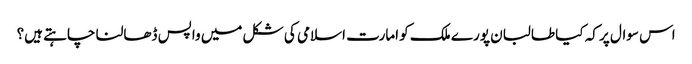
اس سوال پر کہ کیا طالبان پورے ملک کو امارت اسلامی کی شکل میں واپس ڈھالنا چاہتے ہیں؟